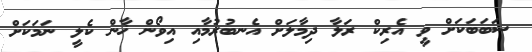
ސަބަބަކަށް ވީ އެރިކް ރަލާ ދިމާލަށް އެނބުރުމާއި އިވޯން ޚާން ކެލީ ނަމަކަށް